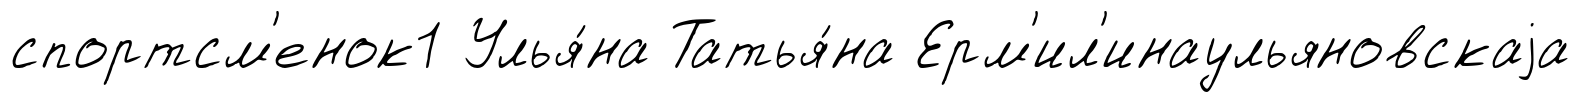
спортсм'енок1 Улья́на Татья́на Ерм'ил'инаульяновскаjа